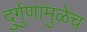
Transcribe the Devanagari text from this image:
दुर्गुणांमुळेच